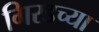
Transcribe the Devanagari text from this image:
गिरडच्या